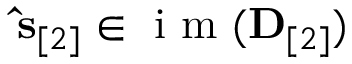
\ensuremath { \mathbf { \hat { s } } } _ { [ 2 ] } \in \mathrm { ~ i ~ m ~ } ( { \bf D } _ { [ 2 ] } )